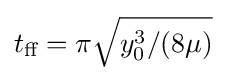
t_{\text{ff}}=\pi {\sqrt {y_{0}^{3}/(8\mu )}}